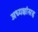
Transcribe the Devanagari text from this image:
अध्यक्षांसह